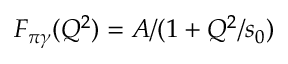
F _ { \pi \gamma } ( Q ^ { 2 } ) = A / ( 1 + Q ^ { 2 } / s _ { 0 } )